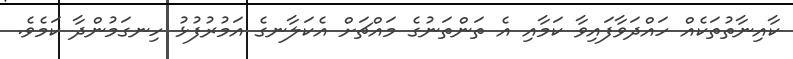
ކާއިނާތުތަކެއް ހައްދަވާފައިވާ ކަމާއި އެ ތަންތަނުގެ މައްޗަށް އެކަލާނގެ އަމުރުފުޅު ހިނގަމުންދާ ކަމެވެ.